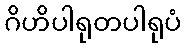
ဂိဟိပါရုတပါရုပံ